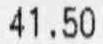
41.50